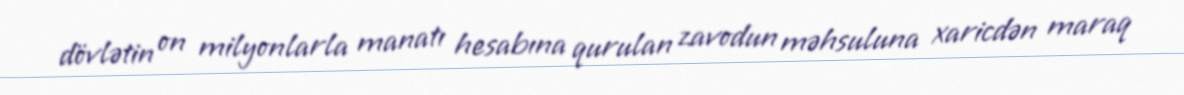
dövlətin on milyonlarla manatı hesabına qurulan zavodun məhsuluna xaricdən maraq